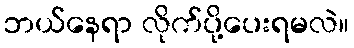
ဘယ်နေရာ လိုက်ပို့ပေးရမလဲ။